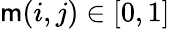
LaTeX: \mathsf{m}(i,j)\in[0,1]